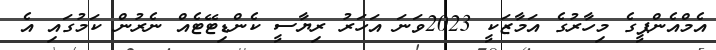
އެމްއެންޕީގެ މިހާރުގެ އަމާޒަކީ 2023ވަނަ އަހަރު ރިޔާސީ ކެންޑިޓޭޓެއް ނެރުން ކަމުގައި އެ